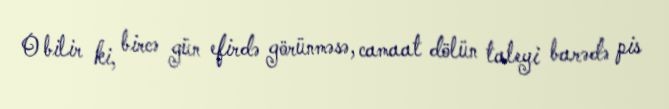
O bilir ki, bircə gün efirdə görünməsə, camaat dölün taleyi barədə pis